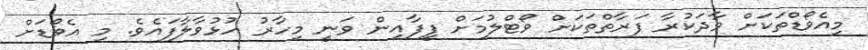
މިއެވޯޑްތަކަށް ވާދަކުރާ ފަރާތްތަކަށް ވޯޓްލުމަށް ފީފާއިން ވަނީ މިހާރު ހުޅުވާލާފައެވެ. މި އެވޯޑަށް